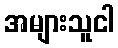
အများသူငါ